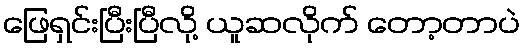
ဖြေရှင်းပြီးပြီလို့ ယူဆလိုက် တော့တာပဲ